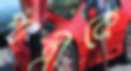
পাত্রীকে